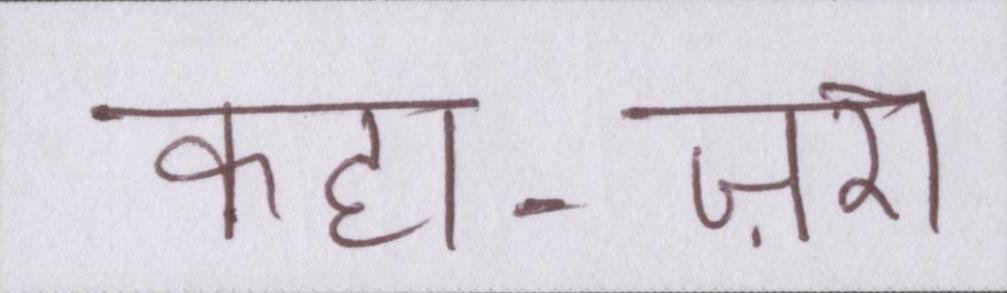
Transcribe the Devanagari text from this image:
कहा-ज़रा